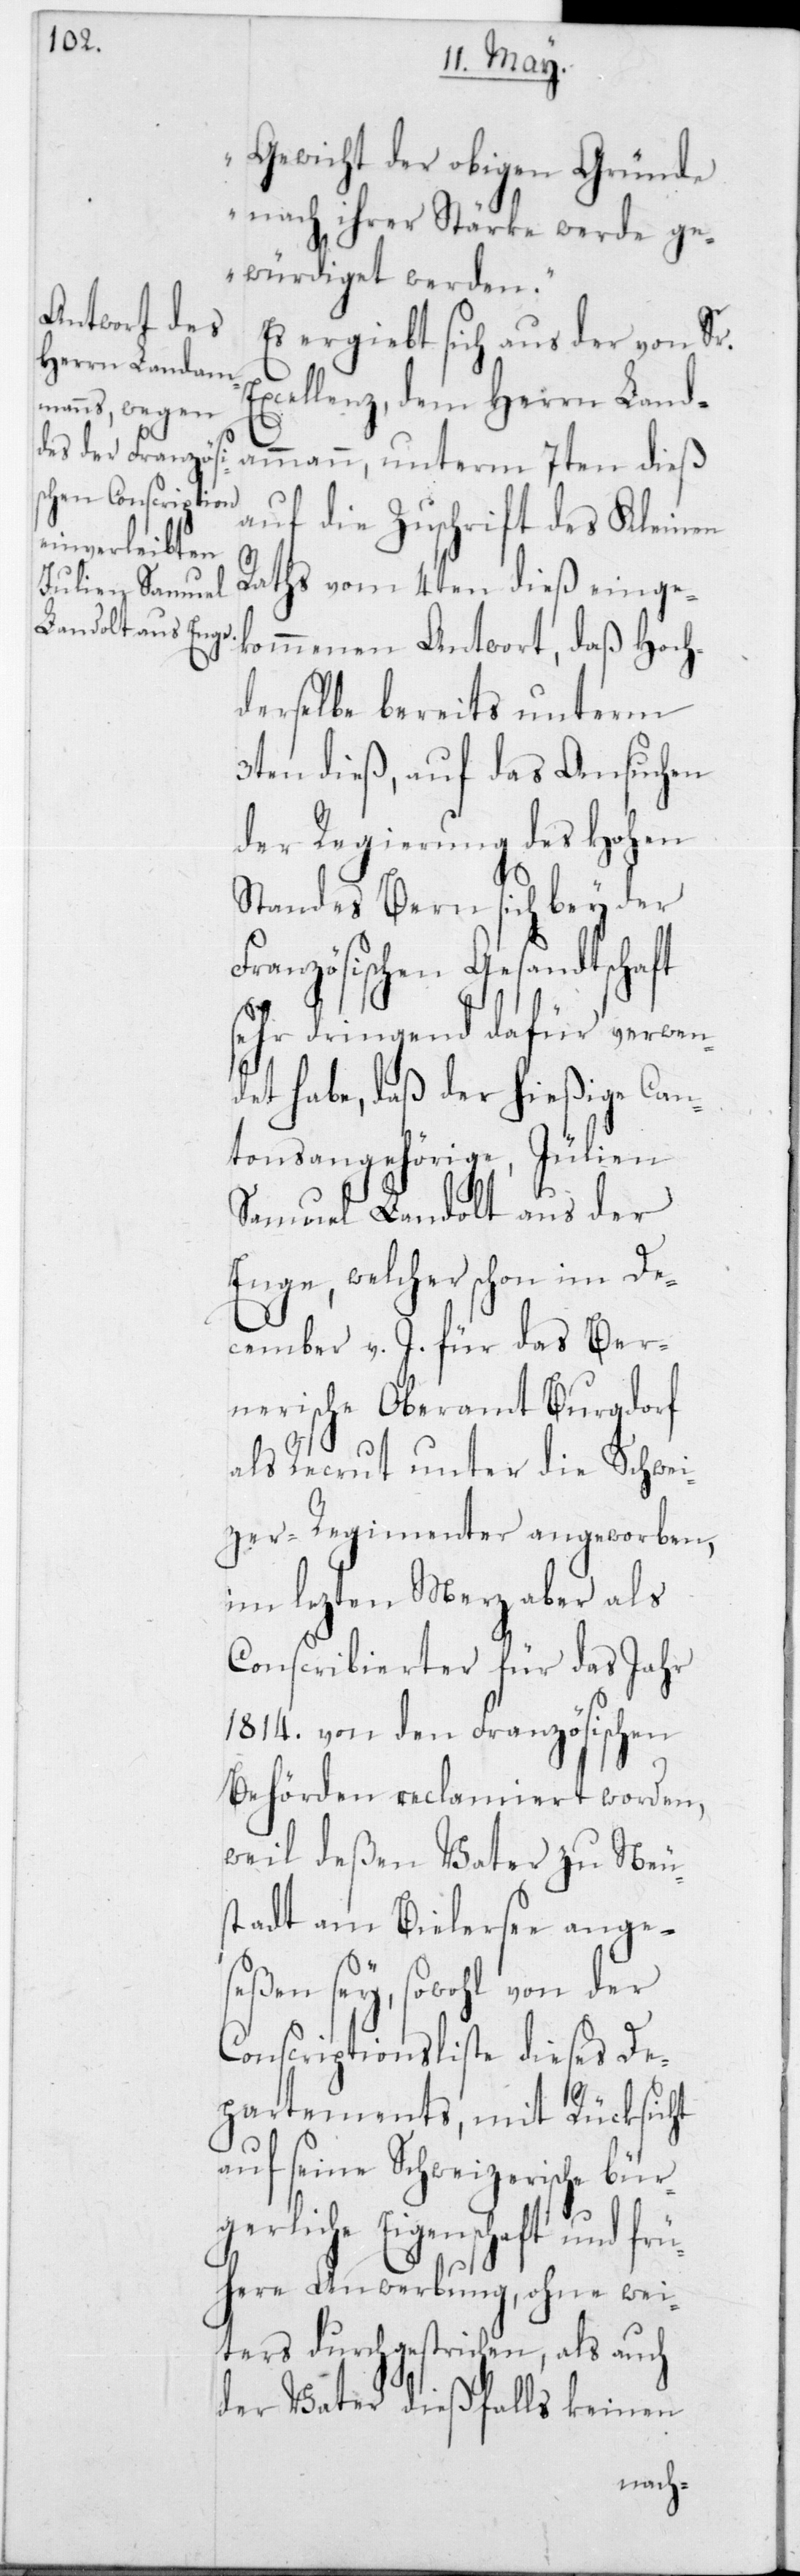
Gewicht der obigen Gründe
nach ihrer Stärke werde ge¬
würdiget werden“.
Es ergibt sich aus der von Sr.
Excellenz, dem Herrn Landa¬
auf die Zuschrift des Kleinen
Raths vom 4ten dieß einge¬
kommenen Antwort, daß Hoc¬
hderselbe bereits unterm
3ten dieß, auf das Ansuchen
der Regierung des Hohen
Standes Bern sich bey der
Französischen Gesandtschaft
sehr dringend dafür verwen¬
det habe, daß der hießige Can¬
tonsangehörige, Jülien
Samuel Landolt aus der
Enge, welcher schon im De¬
cember v. J. für das Ber¬
nerische Oberamt Burgdorf
als Recrut unter die Schwei¬
zer-Regimenter angeworben,
im lezten Merz aber als
Conscribierter für das Jahr
1814 von den Französischen
Behörden reclamiert worden,
weil deßen Vater zu Neu¬
stadt am Bielersee ange¬
seßen sey, sowohl von der
Conscriptionsliste dieses De¬
partements, mit Rücksicht
auf seine Schweizerische bür¬
gerliche Eigenschaft und frü¬
here Anwerbung, ohne wei¬
ters durchgestrichen, als auch
der Vater dießfalls keinen
mmann,